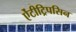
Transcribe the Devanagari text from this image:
ऐंटीट्रिपसिन